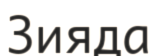
Зияда